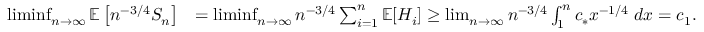
\begin{array} { r l } { \operatorname* { l i m i n f } _ { n \rightarrow \infty } \operatorname { \mathbb { E } } \left[ n ^ { - 3 / 4 } S _ { n } \right] } & { = \operatorname* { l i m i n f } _ { n \rightarrow \infty } n ^ { - 3 / 4 } \sum _ { i = 1 } ^ { n } \operatorname { \mathbb { E } } [ H _ { i } ] \geq \operatorname* { l i m } _ { n \rightarrow \infty } n ^ { - 3 / 4 } \int _ { 1 } ^ { n } c _ { * } x ^ { - 1 / 4 } \; d x = c _ { 1 } . } \end{array}